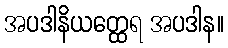
အပဒါနိယတ္ထေရ အပဒါန။